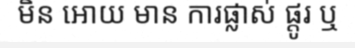
មិន អោយ មាន ការផ្លាស់ ផ្តូរ ឬ